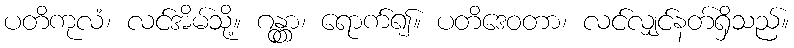
ပတိကုလံ၊ လင်အိမ်သို့။ ဂန္တွာ၊ ရောက်၍။ ပတိဒေဝတာ၊ လင်လျှင်နတ်ရှိသည်။